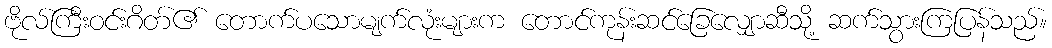
ဗိုလ်ကြီးဝင်းဂိတ်၏ တောက်ပသောမျက်လုံးများက တောင်ကုန်းဆင်ခြေလျှောဆီသို့ ဆက်သွားကြပြန်သည်။